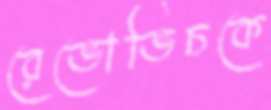
রেভোভিচকে